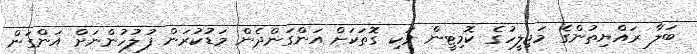
ބަލާ ރައްޔިތުންގެ މަޖިލީހުގެ ކޮމިޓީން ވަކި ގޮތަކަށް އަންގަންދެން މަޑުކުރަން ފުލުހުންނަށް އަންގަން